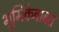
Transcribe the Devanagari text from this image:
भूमिकेबाबत